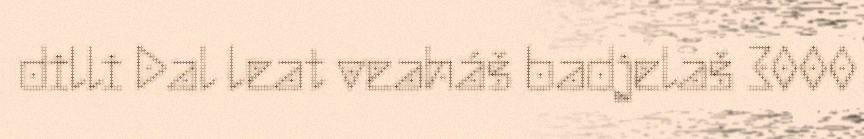
dilli Dal leat veaháš badjelaš 3000